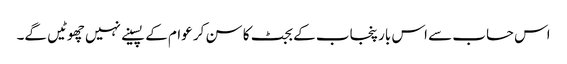
اس حساب سے اس بار پنجاب کے بجٹ کا سن کر عوام کے پسینے نہیں چھوٹیں گے۔